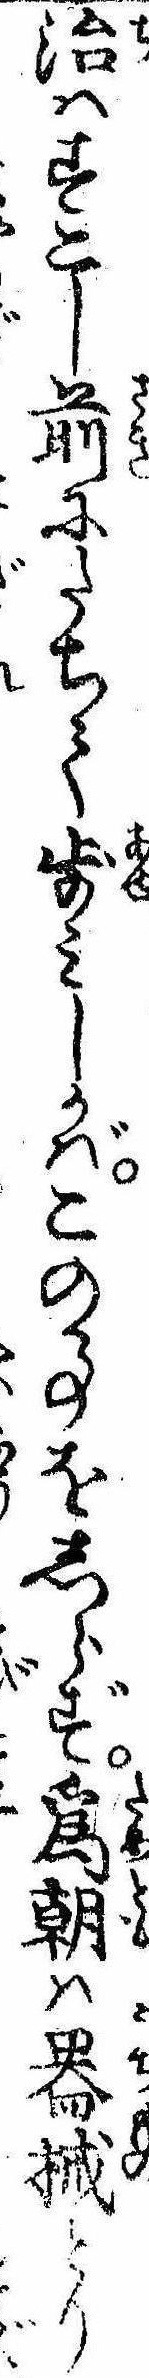
治はすこし前にたちて歩みしかばこの事をしらず為朝は器械とり